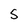
Character: S